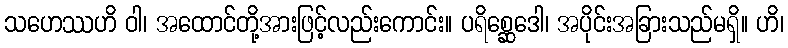
သဟေဿဟိ ဝါ၊ အထောင်တို့အားဖြင့်လည်းကောင်း။ ပရိစ္ဆေဒေါ၊ အပိုင်းအခြားသည်မရှိ။ ဟိ၊